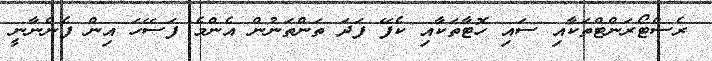
ރެސްޓޯރަންޓްތަކާއި ސައި ހޮޓާތަކާއި ކެފޭ ފަދަ ތަންތަނުން އެންމެ ފަސޭހަ އިން ފެންނާނީ